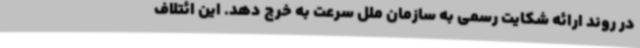
در روند ارائه شکایت رسمی به سازمان ملل سرعت به خرج دهد. این ائتلاف